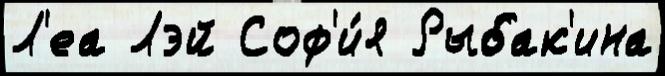
Л'еа Лэй Соф'и́я Рыбак'ина